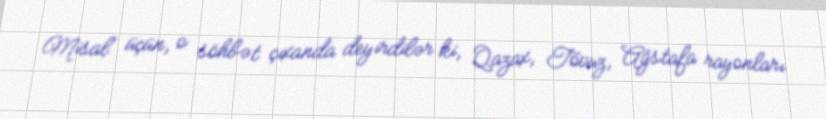
Misal üçün, o söhbət çıxanda deyirdilər ki, Qazax, Tovuz, Ağstafa rayonları